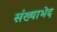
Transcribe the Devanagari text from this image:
संख्याभेद